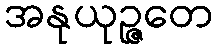
အနုယုဉ္ဇတေ